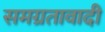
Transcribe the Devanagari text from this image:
समग्रतावादी